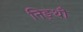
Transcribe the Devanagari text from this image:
निङ्थौ